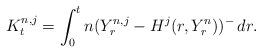
LaTeX: \begin{align*}K^{n,j}_t=\int_0^tn(Y^{n,j}_r-H^j(r,Y^n_r))^-\,dr.\end{align*}